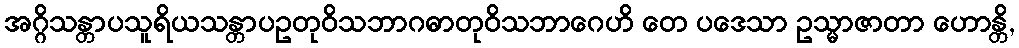
အဂ္ဂိသန္တာပသူရိယသန္တာပဥတုဝိသဘာဂဓာတုဝိသဘာဂေဟိ တေ ပဒေသာ ဥသ္မာဇာတာ ဟောန္တိ,